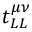
t _ { L L } ^ { \mu \nu }